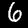
Label: 6